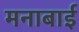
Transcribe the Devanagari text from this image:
मनाबाई